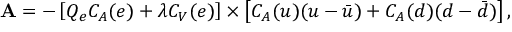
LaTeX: { \bf A } = - \left[ Q _ { e } C _ { A } ( e ) + \lambda C _ { V } ( e ) \right] \times \left[ C _ { A } ( u ) ( u - \bar { u } ) + C _ { A } ( d ) ( d - \bar { d } ) \right] ,